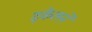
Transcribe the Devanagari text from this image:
ढ़केलने